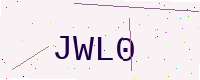
Text: JWL0